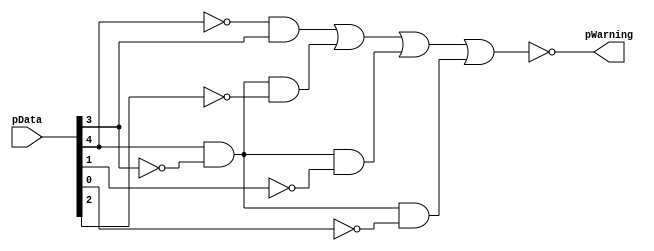
/*--  *******************************************************
--  Computer Architecture Course, Laboratory Sources 
--  Amirkabir University of Technology (Tehran Polytechnic)
--  Department of Computer Engineering (CE-AUT)
--  https://ce[dot]aut[dot]ac[dot]ir
--  *******************************************************
--  All Rights reserved (C) 2020-2021
--  *******************************************************
--  Student ID  : 9829039   - 9831007 - 9831059
--  Student Name: Pouya     - Mehran  - Abolfazl
--  Last Name:    Mohammadi - Aksari  - Moradi Feijani
--  *******************************************************
--  Additional Comments:
--  	
--*/

/*-----------------------------------------------------------
---  Module Name: pressureAnalyzer 
-----------------------------------------------------------*/
`timescale 1 ns/1 ns
	
module PressureAnalyzer(
	input [4:0] pData,
	output pWarning
	);
	//this is a function based on attached karno table to see which data is abnormal
	assign pWarning = ~( (~pData[4] & pData[3]) | (pData[4] & ~pData[3] & ~pData[2]) | (pData[4] & ~pData[3] & ~pData[1]) | (pData[4] & ~pData[3] & ~pData[0]));
endmodule